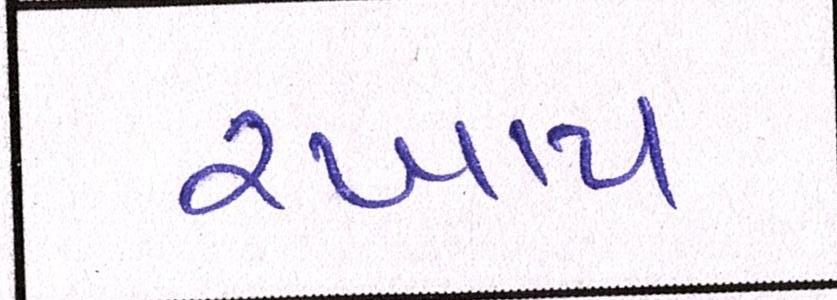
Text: રખાય